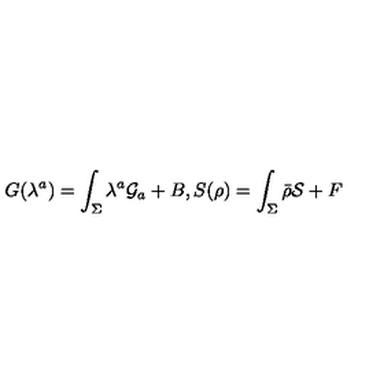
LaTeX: G ( \lambda ^ { a } ) = \int _ { \Sigma } \lambda ^ { a } { \cal G } _ { a } + B , S ( \rho ) = \int _ { \Sigma } \bar { \rho } { \cal S } + F